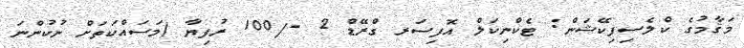
މަޤާމުގެ ކްލެސިފިކޭޝަން: ޓެކްނިކަލް އޮފިސަރ ގްރޭޑް 2 -/100 ރުފިޔާ (މަސައްކަތަށް ނުކުންނަ